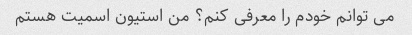
می توانم خودم را معرفی کنم؟ من استیون اسمیت هستم